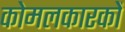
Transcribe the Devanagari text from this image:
कोमलकारकों